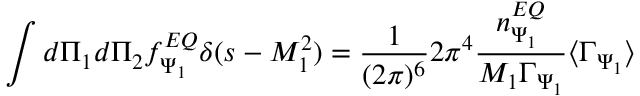
\int d \Pi _ { 1 } d \Pi _ { 2 } f _ { \Psi _ { 1 } } ^ { E Q } \delta ( s - M _ { 1 } ^ { 2 } ) = \frac { 1 } { ( 2 \pi ) ^ { 6 } } 2 \pi ^ { 4 } \frac { n _ { \Psi _ { 1 } } ^ { E Q } } { M _ { 1 } \Gamma _ { \Psi _ { 1 } } } \langle \Gamma _ { \Psi _ { 1 } } \rangle